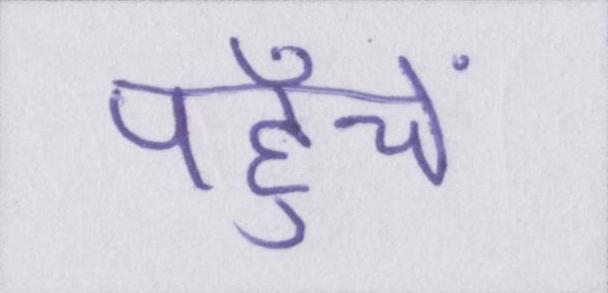
पहुँचें